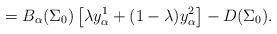
LaTeX: \begin{align*} =B_{\alpha}({\Sigma_0})\left[\lambda y^1_{\alpha} + (1-\lambda)y^2_{\alpha}\right ]- D({\Sigma_0}). \end{align*}